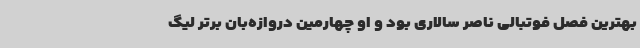
بهترین فصل فوتبالی ناصر سالاری بود و او چهارمین دروازه‌بان برتر لیگ